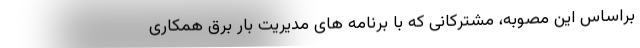
براساس این مصوبه، مشترکانی که با برنامه های مدیریت بار برق همکاری